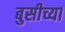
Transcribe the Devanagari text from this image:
बुसीच्या